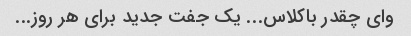
وای چقدر باکلاس... یک جفت جدید برای هر روز...